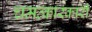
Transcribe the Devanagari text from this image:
चमत्कारकारी